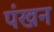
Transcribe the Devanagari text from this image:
पंखन